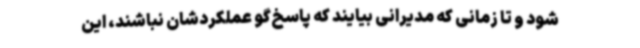
شود و تا زمانی که مدیرانی بیایند که پاسخ‌گو عملکردشان نباشند، این